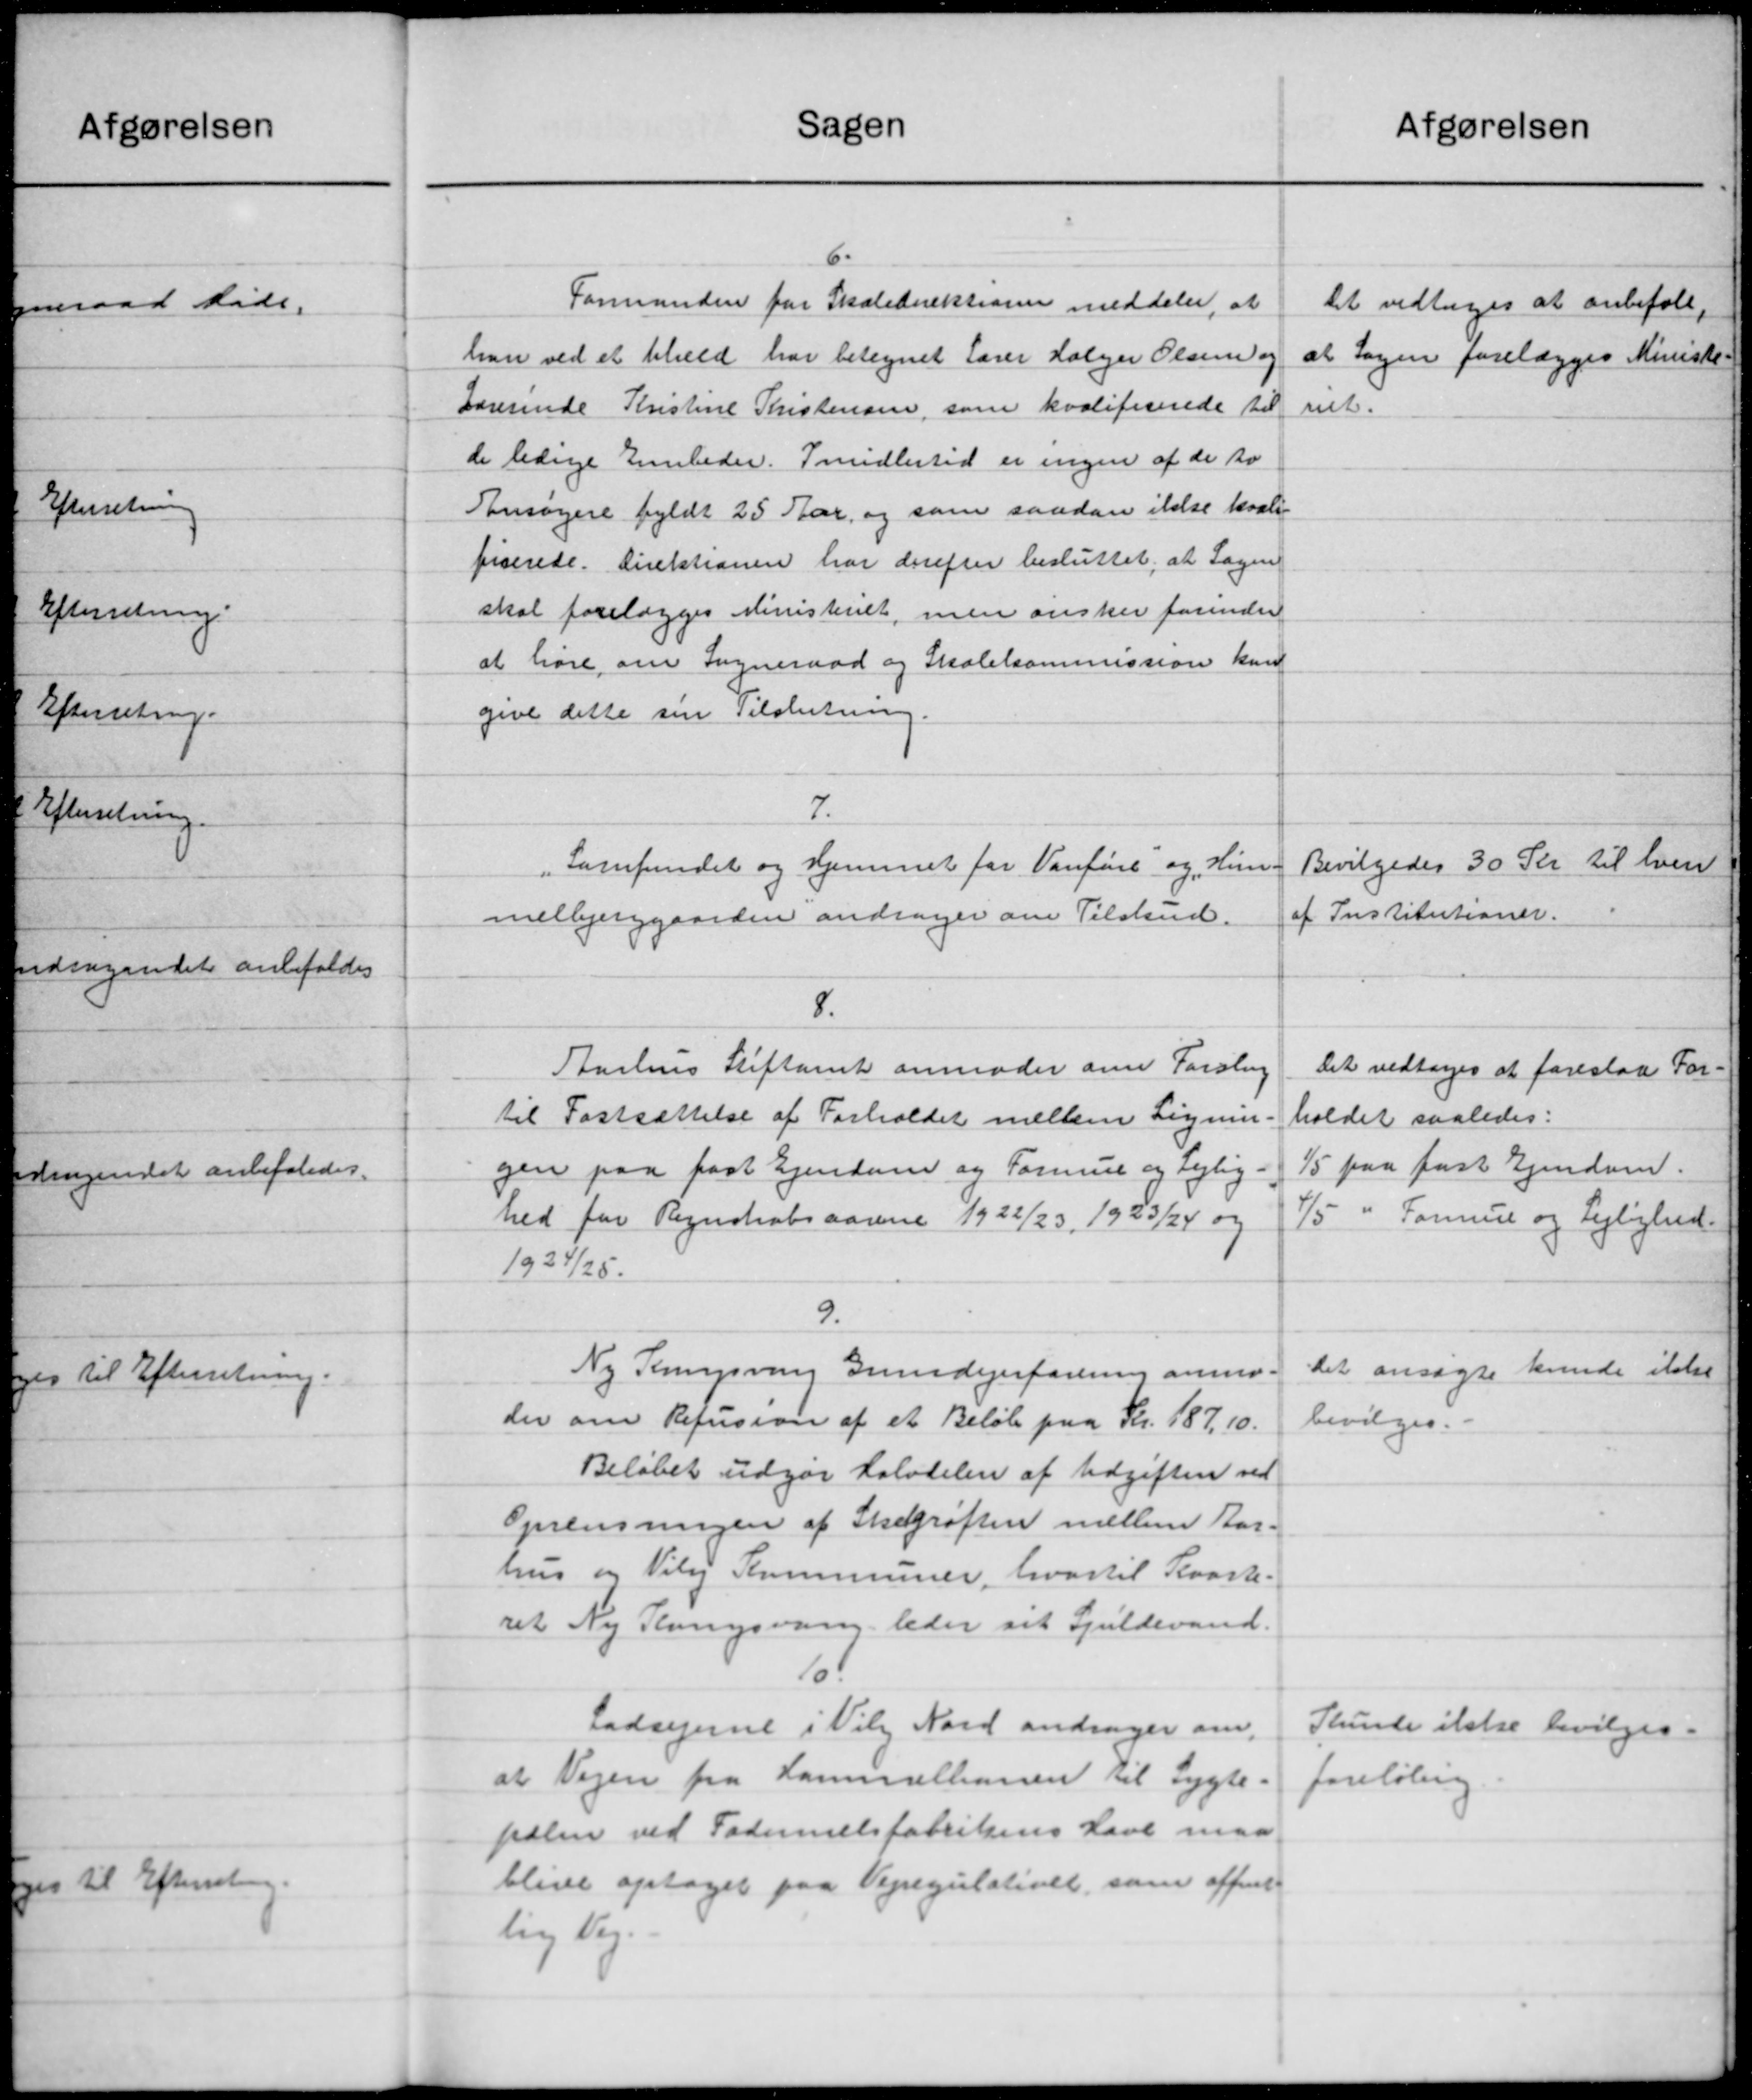
Transskription:
Sagen
6.
Formanden for Skoledirektionen meddeler, at
han ved et blæld har betegnet Lærer Holger Olsen og
Lærerinde Kristine Kristensen, som kvalificerede til
de ledige Embeder. Smidlertid er ingen af de to
Ansøgere fyldt 25 Aar, og som saadan ikke kvali
fiserede. Direktionen har derefter besluttet, at Sagen
skal forelægges Ministeriet, men ønsker forinden
at høre om Sogneraad og Skolekommission kun
give dette sin Tilslutning
7.
Samfundet og Hjemmet for Vanføre og Hu
melbjerggaarden andrager om Tilskud.
8.
Aarhus Stiftamt anmoder om Forslag
til Fastsættelse af Forholdet mellem Ligning
gen paa fast Ejendom og Formue og Lejlig-
hed for Regnskabsaarene 1922/23, 1923/24 og
1924/25.
9.
Ny Rungsvang Grundejerforening anmo=
der om Refusion af et Beløb paa Kr. 187.10.
Beløbet udgør Halvdelen af Udgiften ved
Oprensningen af Skægrøften mellem Aar.
hus og Viby Kommuner, hvortil Kvart.
ret Ny Plangsvang leder sit Spildevand.
10.
Lodsejerne i Viby Nord andrager om
at Vejen fra Kammelbanen til Lygte
palen ved Fammelsfabrikens Have maa
blive optaget paa Vejregulativet, som offent
lig Vej.